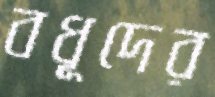
বধূদের